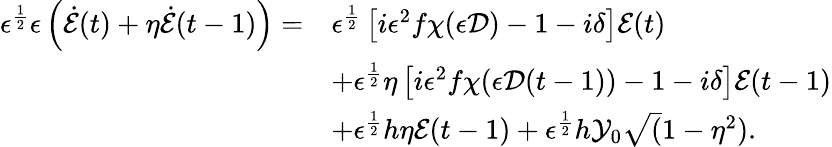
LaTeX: \begin{array}{rl}{\epsilon^{\frac{1}{2}}\epsilon\left(\dot{\mathcal{E}}(t)+\eta\dot{\mathcal{E}}(t-1)\right)=}&{\epsilon^{\frac{1}{2}}\left[i\epsilon^{2}f\chi(\epsilon\mathcal{D})-1-i\delta\right]\mathcal{E}(t)}\\ &{+\epsilon^{\frac{1}{2}}\eta\left[i\epsilon^{2}f\chi(\epsilon\mathcal{D}(t-1))-1-i\delta\right]\mathcal{E}(t-1)}\\ &{+\epsilon^{\frac{1}{2}}h\eta\mathcal{E}(t-1)+\epsilon^{\frac{1}{2}}h\mathcal{Y}_{0}\sqrt(1-\eta^{2}).}\end{array}